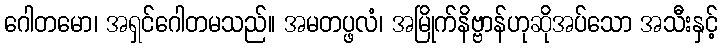
ဂေါတမော၊ အရှင်ဂေါတမသည်။ အမတပ္ဖလံ၊ အမြိုက်နိဗ္ဗာန်ဟုဆိုအပ်သော အသီးနှင့်